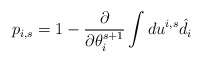
\begin{align*}p_{i,s} = 1- \frac{\partial }{\partial \theta_i^{s+1}} \int du^{i,s} \hat{d}_i\end{align*}